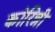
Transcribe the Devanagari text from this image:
कोरिन्नी